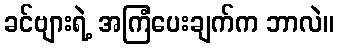
ခင်ဗျားရဲ့ အကြံပေးချက်က ဘာလဲ။